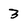
Character: 3